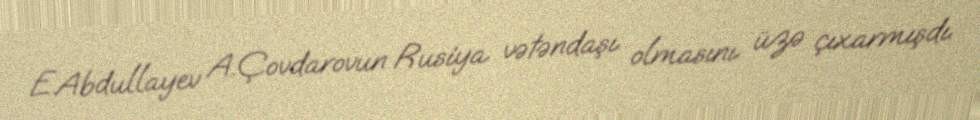
E.Abdullayev A.Çovdarovun Rusiya vətəndaşı olmasını üzə çıxarmışdı.